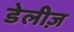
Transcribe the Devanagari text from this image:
डेलीज़